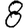
Digit: 8